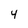
Character: 4